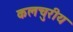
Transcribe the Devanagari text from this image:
कलचुरीय